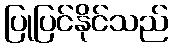
ပြုပြင်နိုင်သည်